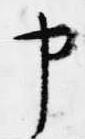
申